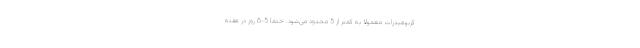
کربوهیدرات معمولاً به کمتر از 5 محدود می‌شود. حتماً 5-6 روز در هفته